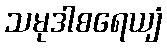
သမုဒါစရေယျံ